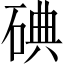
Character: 碘